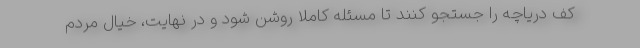
کف دریاچه را جستجو کنند تا مسئله کاملا روشن شود و در نهایت، خیال مردم